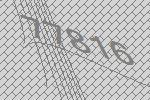
77816